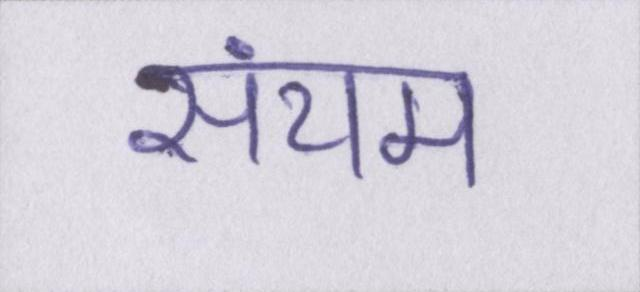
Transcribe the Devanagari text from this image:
संयम